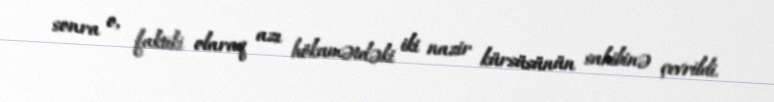
sonra o, faktiki olaraq azı hökumətdəki iki nazir kürsüsünün sahibinə çevrildi.